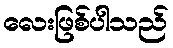
လေးဖြစ်ပါသည်